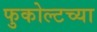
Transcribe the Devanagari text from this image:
फुकोल्टच्या